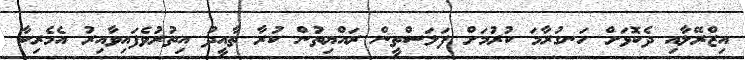
އިޒްރޭލާއި ދެކޮޅަށް ހަނގުރާމަ ކުރުމަށް ފަލަސްތީން ރައްޔިތުން ކުރާ ތާއީދު އިތުރުވެފައިވާއިރު އެމެރިކާ